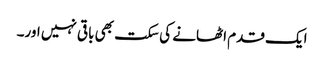
ایک قدم اٹھانے کی سکت بھی باقی نہیں اور۔